Annual report on the Civil Veterinary Department, Burma (including the Insein Veterinary School) - 1923-1931
Year: 1923
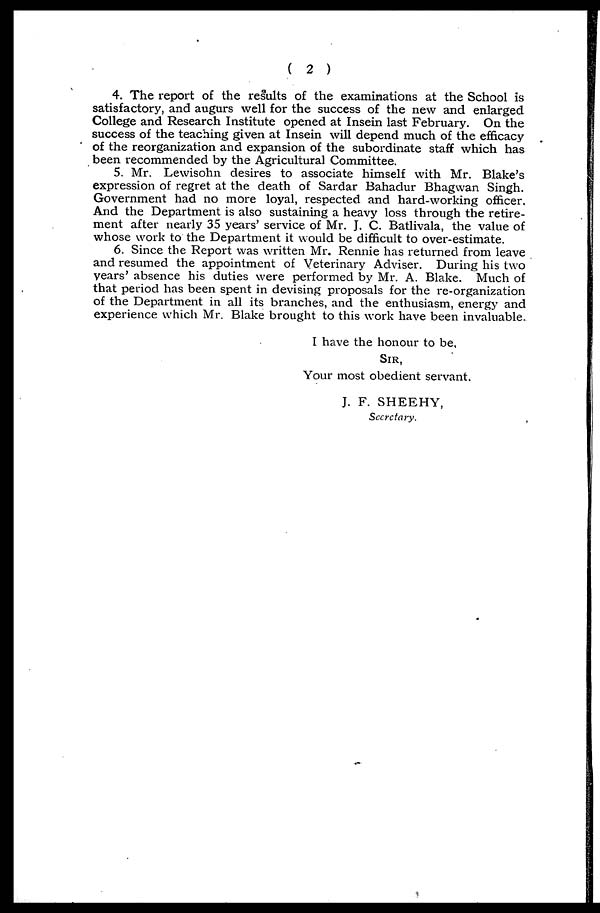
( 2 )
4. The report of the results of the examinations at the School is
satisfactory, and augurs well for the success of the new and enlarged
College and Research Institute opened at Insein last February. On the
success of the teaching given at Insein will depend much of the efficacy
of the reorganization and expansion of the subordinate staff which has
been recommended by the Agricultural Committee.
5. Mr. Lewisohn desires to associate himself with Mr. Blake's
expression of regret at the death of Sardar Bahadur Bhagwan Singh.
Government had no more loyal, respected and hard-working officer.
And the Department is also sustaining a heavy loss through the retire-
ment after nearly 35 years' service of Mr. J. C. Batlivala, the value of
whose work to the Department it would be difficult to over-estimate.
6. Since the Report was written Mr. Rennie has returned from leave
and resumed the appointment of Veterinary Adviser. During his two
years' absence his duties were performed by Mr. A. Blake. Much of
that period has been spent in devising proposals for the re-organization
of the Department in all its branches, and the enthusiasm, energy and
experience which Mr. Blake brought to this work have been invaluable.
I have the honour to be,
SIR,
Your most obedient servant.
J. F. SHEEHY,
Secretary.